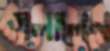
গলালেন